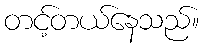
တင့်တယ်နေသည်။